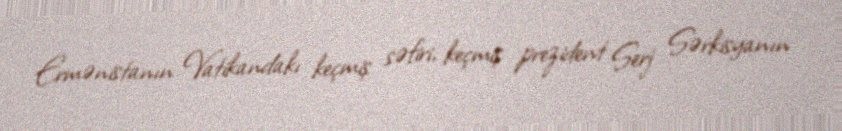
Ermənistanın Vatikandakı keçmiş səfiri, keçmiş prezident Serj Sərkisyanın